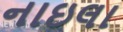
નાઇલા